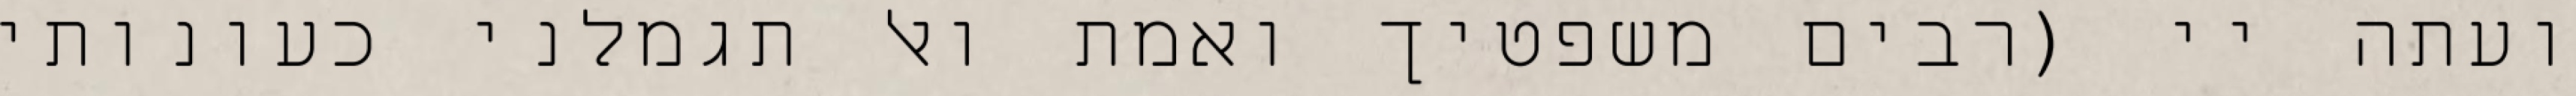
ועתה יי (רבים משפטיך ואמת ואל תגמלני כעונותי